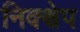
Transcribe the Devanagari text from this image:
निक्क्षेप